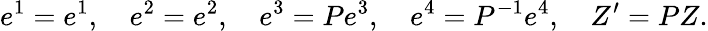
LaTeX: e^{1}=e^{1},\quad e^{2}=e^{2},\quad e^{3}=Pe^{3},\quad e^{4}=P^{-1}e^{4},\quad Z^{\prime}=PZ.